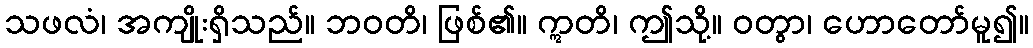
သဖလံ၊ အကျိုးရှိသည်။ ဘဝတိ၊ ဖြစ်၏။ ဣတိ၊ ဤသို့။ ဝတွာ၊ ဟောတော်မူ၍။